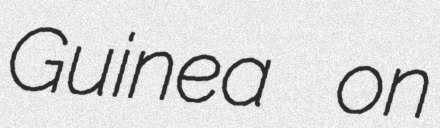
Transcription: Guinea on